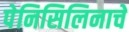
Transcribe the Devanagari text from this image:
पेनिसिलिनाचे